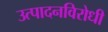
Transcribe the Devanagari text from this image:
उत्पादनविरोधी